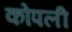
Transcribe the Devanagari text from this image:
कोपली